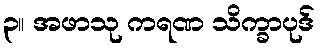
၃။ အဖာသု ကရဏ သိက္ခာပုဒ်